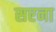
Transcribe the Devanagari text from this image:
सएना